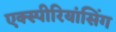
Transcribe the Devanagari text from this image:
एक्स्पीरियांसिंग